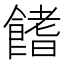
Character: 𩝙